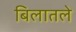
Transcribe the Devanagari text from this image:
बिलातले